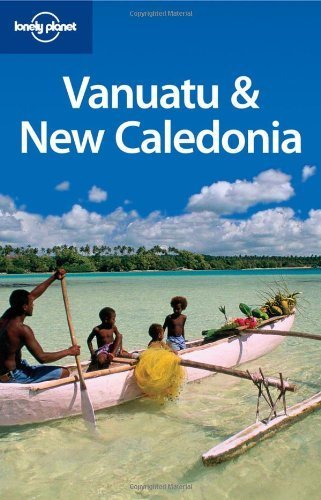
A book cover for Vanuatu & New Caledonia (Multi Country Travel Guide) by Jocelyn Harewood (2009) Paperback; Jocelyn Harewood; Travel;